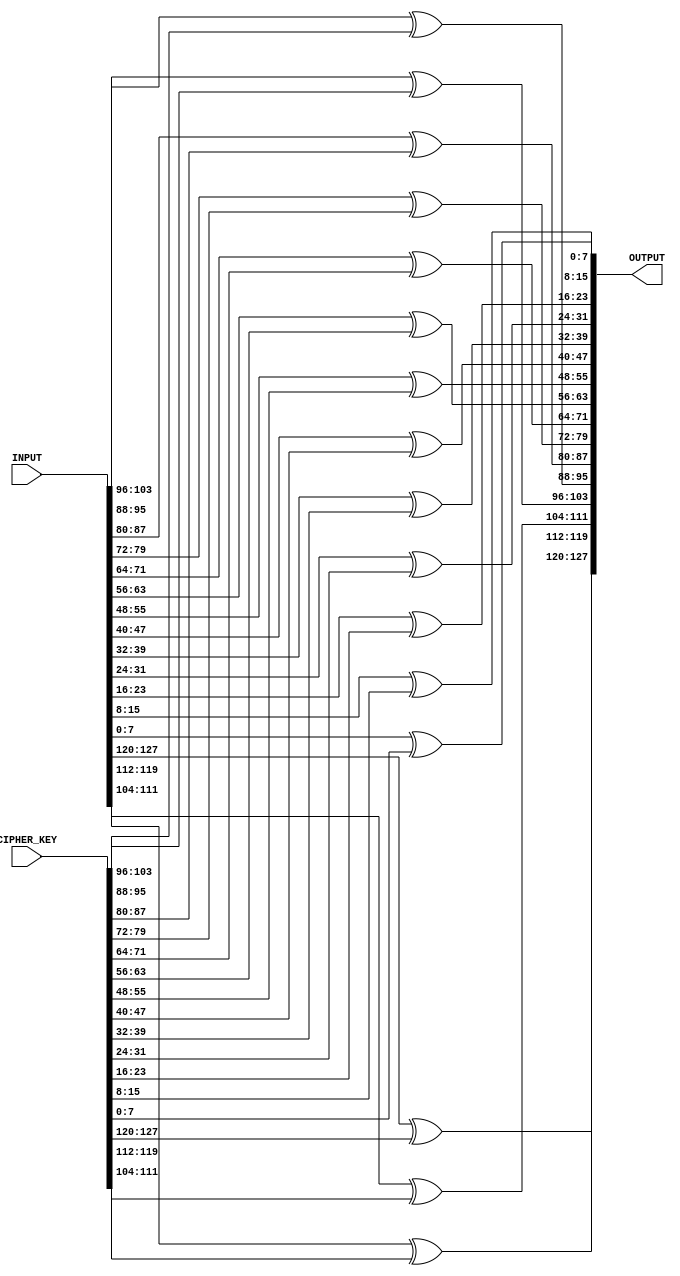
module Input_Stage(
    input [0:127] INPUT,
    input [0:127] CIPHER_KEY,
    output [0:127] OUTPUT
    );

assign OUTPUT[0:7] = INPUT[0:7] ^ CIPHER_KEY[0:7];
assign OUTPUT[8:15] = INPUT[8:15] ^ CIPHER_KEY[8:15];
assign OUTPUT[16:23] = INPUT[16:23] ^ CIPHER_KEY[16:23];
assign OUTPUT[24:31] = INPUT[24:31] ^ CIPHER_KEY[24:31];

assign OUTPUT[32:39] = INPUT[32:39] ^ CIPHER_KEY[32:39];
assign OUTPUT[40:47] = INPUT[40:47] ^ CIPHER_KEY[40:47];
assign OUTPUT[48:55] = INPUT[48:55] ^ CIPHER_KEY[48:55];
assign OUTPUT[56:63] = INPUT[56:63] ^ CIPHER_KEY[56:63];

assign OUTPUT[64:71] = INPUT[64:71] ^ CIPHER_KEY[64:71];
assign OUTPUT[72:79] = INPUT[72:79] ^ CIPHER_KEY[72:79];
assign OUTPUT[80:87] = INPUT[80:87] ^ CIPHER_KEY[80:87];
assign OUTPUT[88:95] = INPUT[88:95] ^ CIPHER_KEY[88:95];

assign OUTPUT[96:103] = INPUT[96:103] ^ CIPHER_KEY[96:103];
assign OUTPUT[104:111] = INPUT[104:111] ^ CIPHER_KEY[104:111];
assign OUTPUT[112:119] = INPUT[112:119] ^ CIPHER_KEY[112:119];
assign OUTPUT[120:127] = INPUT[120:127] ^ CIPHER_KEY[120:127];

endmodule